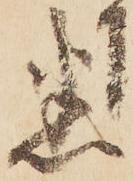
悉